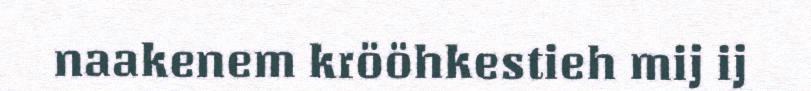
naakenem krööhkestieh mij ij